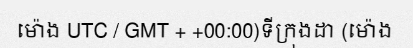
ម៉ោង UTC / GMT + +00:00)ទីក្រុងដា (ម៉ោង